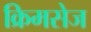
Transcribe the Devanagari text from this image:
क्रिमसेज